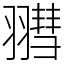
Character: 𦒄